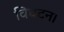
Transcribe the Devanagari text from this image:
विघटन।